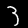
Label: 3